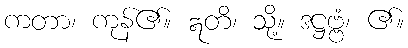
ကတာ၊ ကုန်၏။ ဣတိ၊ သို့။ ဒဋ္ဌဗ္ဗံ၊ ၏။